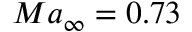
M a { _ \infty } = 0 . 7 3